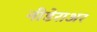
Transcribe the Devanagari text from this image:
नीडेराअर